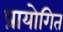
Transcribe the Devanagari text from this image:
प्रायोगित